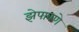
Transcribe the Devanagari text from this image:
झेपावणे